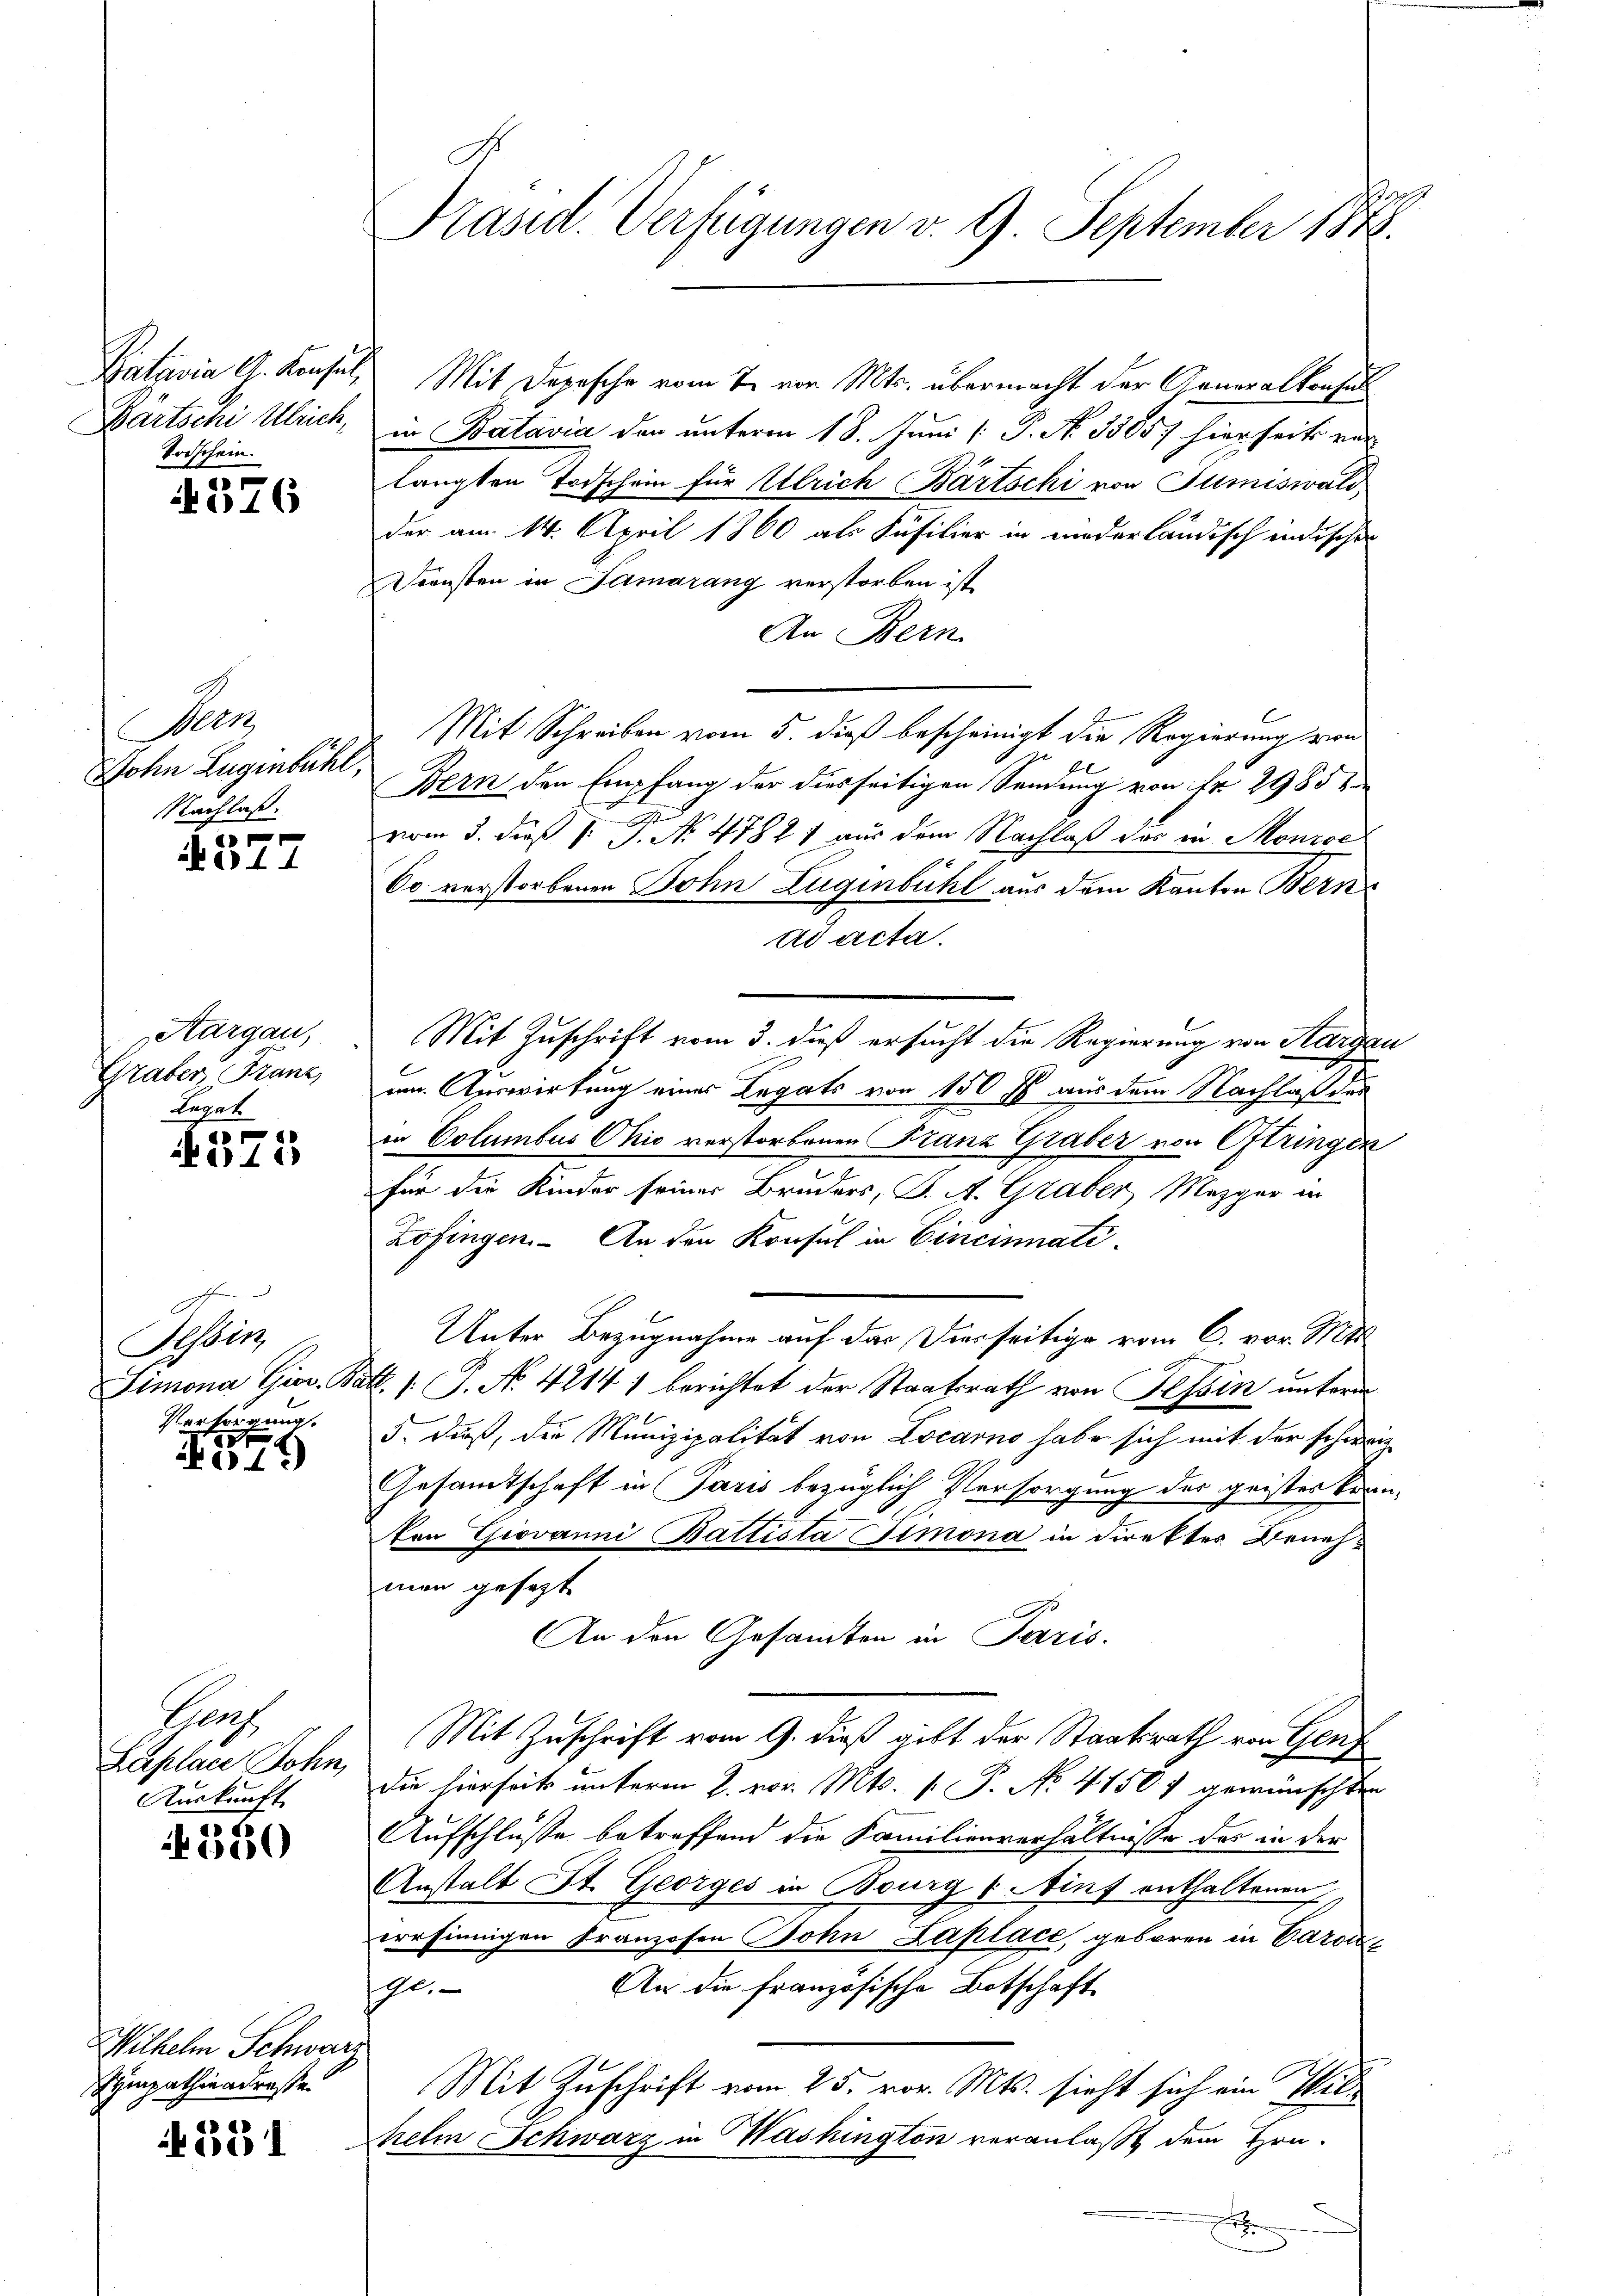
Kataria G. Konsul,
Bärtschi Ulrich,
Todschein.

4576

Men
Sohn Lugenbühl,
Nachlaß.

ik am 14

Aargau,
Graber, Franz
Legat

e11

Be
Simona Gier. Ba
Versorgung.

8
)
Ao:

Kaf
Kaplace Sohn,
Auskunft

§ 330

Wilhelm Schwarz
Sympathieatrasse

N 331

¬

C
Präsid. Verfügungen v. 9. September 1848.

Mit Depesche vom 7. vor. Mts. übermacht der Generalkonsul
in Batavia der unterm 18. Juni [P. No 33857 hierseits ver-
langten Todschein für Ulrich Bartschi von Tumiswald
der am 14. April 1860 als Füsilier in niederländisch indischen
Diensten in Samarang verstorben ist,
An Bern.
Mit Schreiben vom 5. dieß bescheinigt die Regierung von
Bern den Empfang der diesseitigen Sendung von itr. 29851
t
vom 3. dieß P. J. No. 4782) aus dem Nachlaß der in Monzoe
Co verstorbenen Sohn Luginbühl aus dem Kanton Bern
ad acta.
Mit Zuschrift vom 3. daß ersucht die Regierung von Kargau
um Auswirkung eines Legats von 150 f aus dem Nachlaß der
in Columbus Ohio verstorbenen Franz Graber von Oftringen
für die Kinder seiner Bruders, S. A. Graber, Mezger in
Zofingen. An den Konsul in Cincinati
Unter Bezugnahme auf das Vierseitige vom C. vor. Mts.
/. P. No. 4214) berichtet der Staatsrath von Tessin unterm
5. daß, die Munizipalität von Locarno habe sich mit der schweiz
Gesamtschaft in Paris bezüglich Versorgung des geistes Kran-
ton Giovanni Battista Timona in direktes Benehmen gesezt
An den Gesamten in Paris.
Mit Zuschrift vom 9. dieß gibt der Staatsrath von Genz
die hierseit unterm 2. vor. Mts. 1. P. No. 4150) gewünschten
Aufschlüsse betreffend die Familienverhältnisse das in der
Anstalt St. Georges in Bourg (Auf enthaltenen
errsinnigen Franzosen Sohn Laplace, geboren in Carole,
An die französische Botschaft
ge.
Mit Zuschrift vom 25. vor. Mts. sieht sich ein Wilhelm Schwarz in Washington veranlaßt dem Hrn.
r